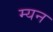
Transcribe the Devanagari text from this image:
म्यन